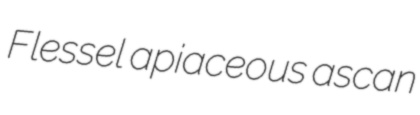
Flessel apiaceous ascan